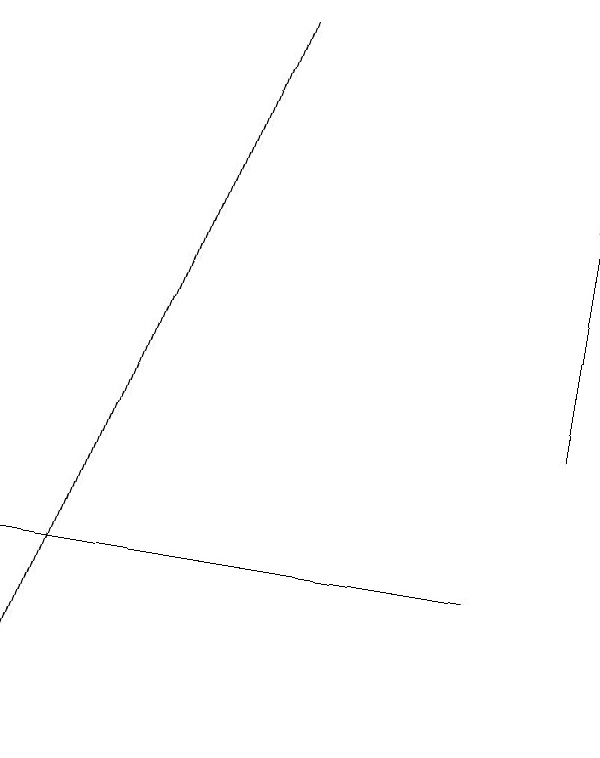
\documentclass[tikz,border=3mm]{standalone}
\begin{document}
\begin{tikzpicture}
\draw[->] (9,14) -- (9,17);
\draw[->] (5,19) -- (2,10);
\draw (8,12) rectangle (2,12);
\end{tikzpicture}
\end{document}